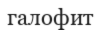
галофит